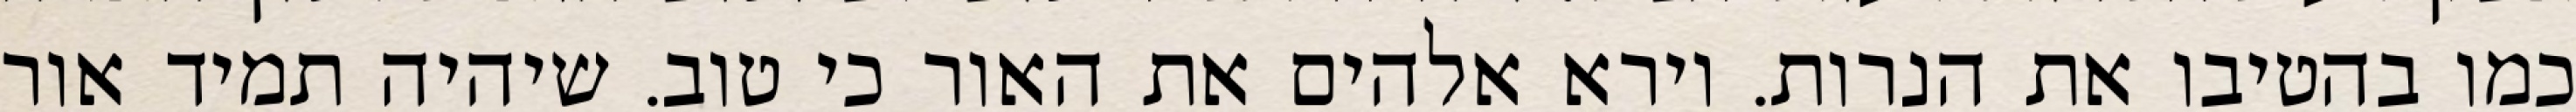
כמו בהטיבו את הנרות. וירא אלהים את האור כי טוב. שיהיה תמיד אור